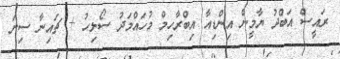
ރައީސް އަބްދު ޔާމީން އިންޑިއާ އިބްރާހިމް މުހައްމަދު ސޯލިހު + ޗައިނާ ސިނަ